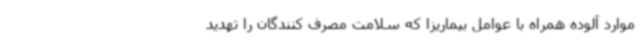
موارد آلوده همراه با عوامل بیماریزا که سلامت مصرف کنندگان را تهدید